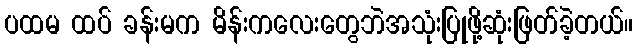
ပထမ ထပ် ခန်းမက မိန်းကလေးတွေဘဲအသုံးပြုဖို့ဆုံးဖြတ်ခဲ့တယ်။